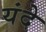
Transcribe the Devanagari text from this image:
यंदे